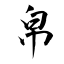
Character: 帛